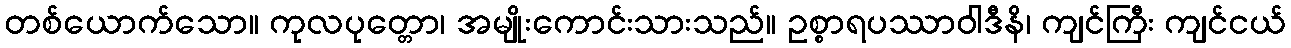
တစ်ယောက်သော။ ကုလပုတ္တော၊ အမျိုးကောင်းသားသည်။ ဥစ္စာရပဿာဝါဒီနိ၊ ကျင်ကြီး ကျင်ငယ်